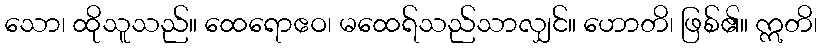
သော၊ ထိုသူသည်။ ထေရောဧဝ၊ မထေရ်သည်သာလျှင်။ ဟောတိ၊ ဖြစ်၏။ ဣတိ၊